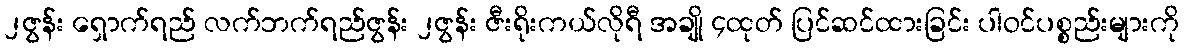
၂ဇွန်း ရှောက်ရည် လက်ဘက်ရည်ဇွန်း ၂ဇွန်း ဇီးရိုးကယ်လိုရီ အချို ၄ထုတ် ပြင်ဆင်ထားခြင်း ပါဝင်ပစ္စည်းများကို